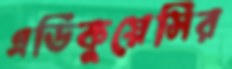
এডিকুয়েসির